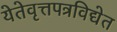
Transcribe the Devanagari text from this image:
येतेवृत्तपत्रविद्येत